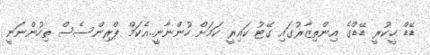
ޑޭޑް ހީކުރީ ޑޭޑްގެ އިންތިޒާރުގައި ގޭޓު ކައިރީ ކަމަށް ހުންނާނީ..އެކަމް ޕްރިންސެސް ތިހުންނަނީ